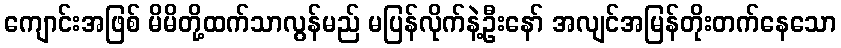
ကျောင်းအဖြစ် မိမိတို့ထက်သာလွန်မည် မပြန်လိုက်နဲ့ဦးနော် အလျင်အမြန်တိုးတက်နေသော